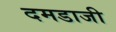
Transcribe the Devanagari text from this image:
दमडाजी